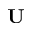
\mathbf { U }